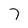
Character: 7